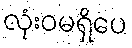
လုံးဝမရှိပေ